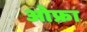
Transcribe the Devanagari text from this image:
ओफ्रा